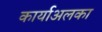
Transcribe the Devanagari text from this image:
कार्याअलका